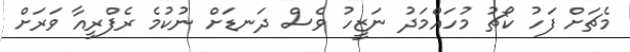
މެޗަށް ފަހު ކޯޗު މުހައްމަދު ނަޒީހު ވެސް ދަނޑަށް ނުކުމެ ރެފްރީއާ ވަރަށް